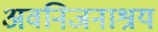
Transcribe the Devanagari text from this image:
अवनिजनाश्रय